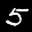
Label: 5